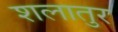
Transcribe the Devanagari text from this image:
शलातुर